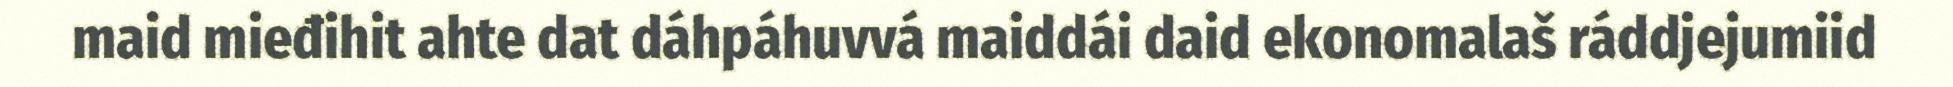
maid mieđihit ahte dat dáhpáhuvvá maiddái daid ekonomalaš ráddjejumiid